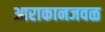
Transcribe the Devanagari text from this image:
आराकानजवळ